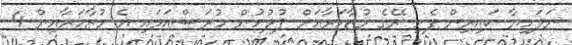
ނަލަހިޔާ ކައިރިން ފެށި ރޭގެ މުޒާހަރާއަށް ފުލުހުން ހުރަސްއަޅައި އެ މުޒާހަރާއިން 4